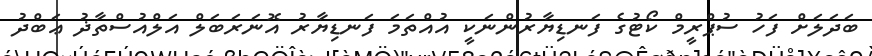
ބަދަލަށް ފަހު ސުޕްރީމް ކޯޓުގެ ފަނޑިޔާރުންނަކީ އުއްތަމަ ފަނޑިޔާރު އޮނަރަބަލް އަލްއުސްތާޛު ޢަބްދު